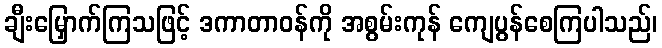
ချီးမြှောက်ကြသဖြင့် ဒကာတာဝန်ကို အစွမ်းကုန် ကျေပွန်စေကြပါသည်၊